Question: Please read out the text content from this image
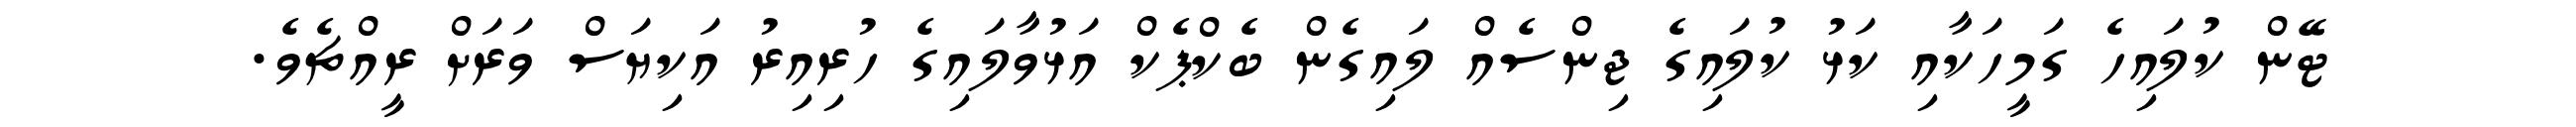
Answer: ޓޭން ކުލައިހެ ގަމީހަކާއި ކަޅު ކުލައިގެ ޖިންސެއް ލައިގެން ބެކްޕެކް އަޅުވާލައިގެ ހުރިއިރު އަކިޔަސް ވަރަށް ރީއްޗެވެ.